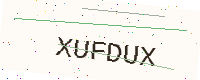
Text: XUFDUX